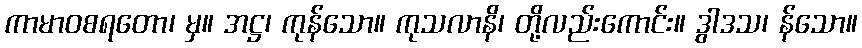
ကာမာဝစရတော၊ မှ။ အဋ္ဌ၊ ကုန်သော။ ကုသလာနိ၊ တို့လည်းကောင်း။ ဒွါဒသ၊ န်သော။